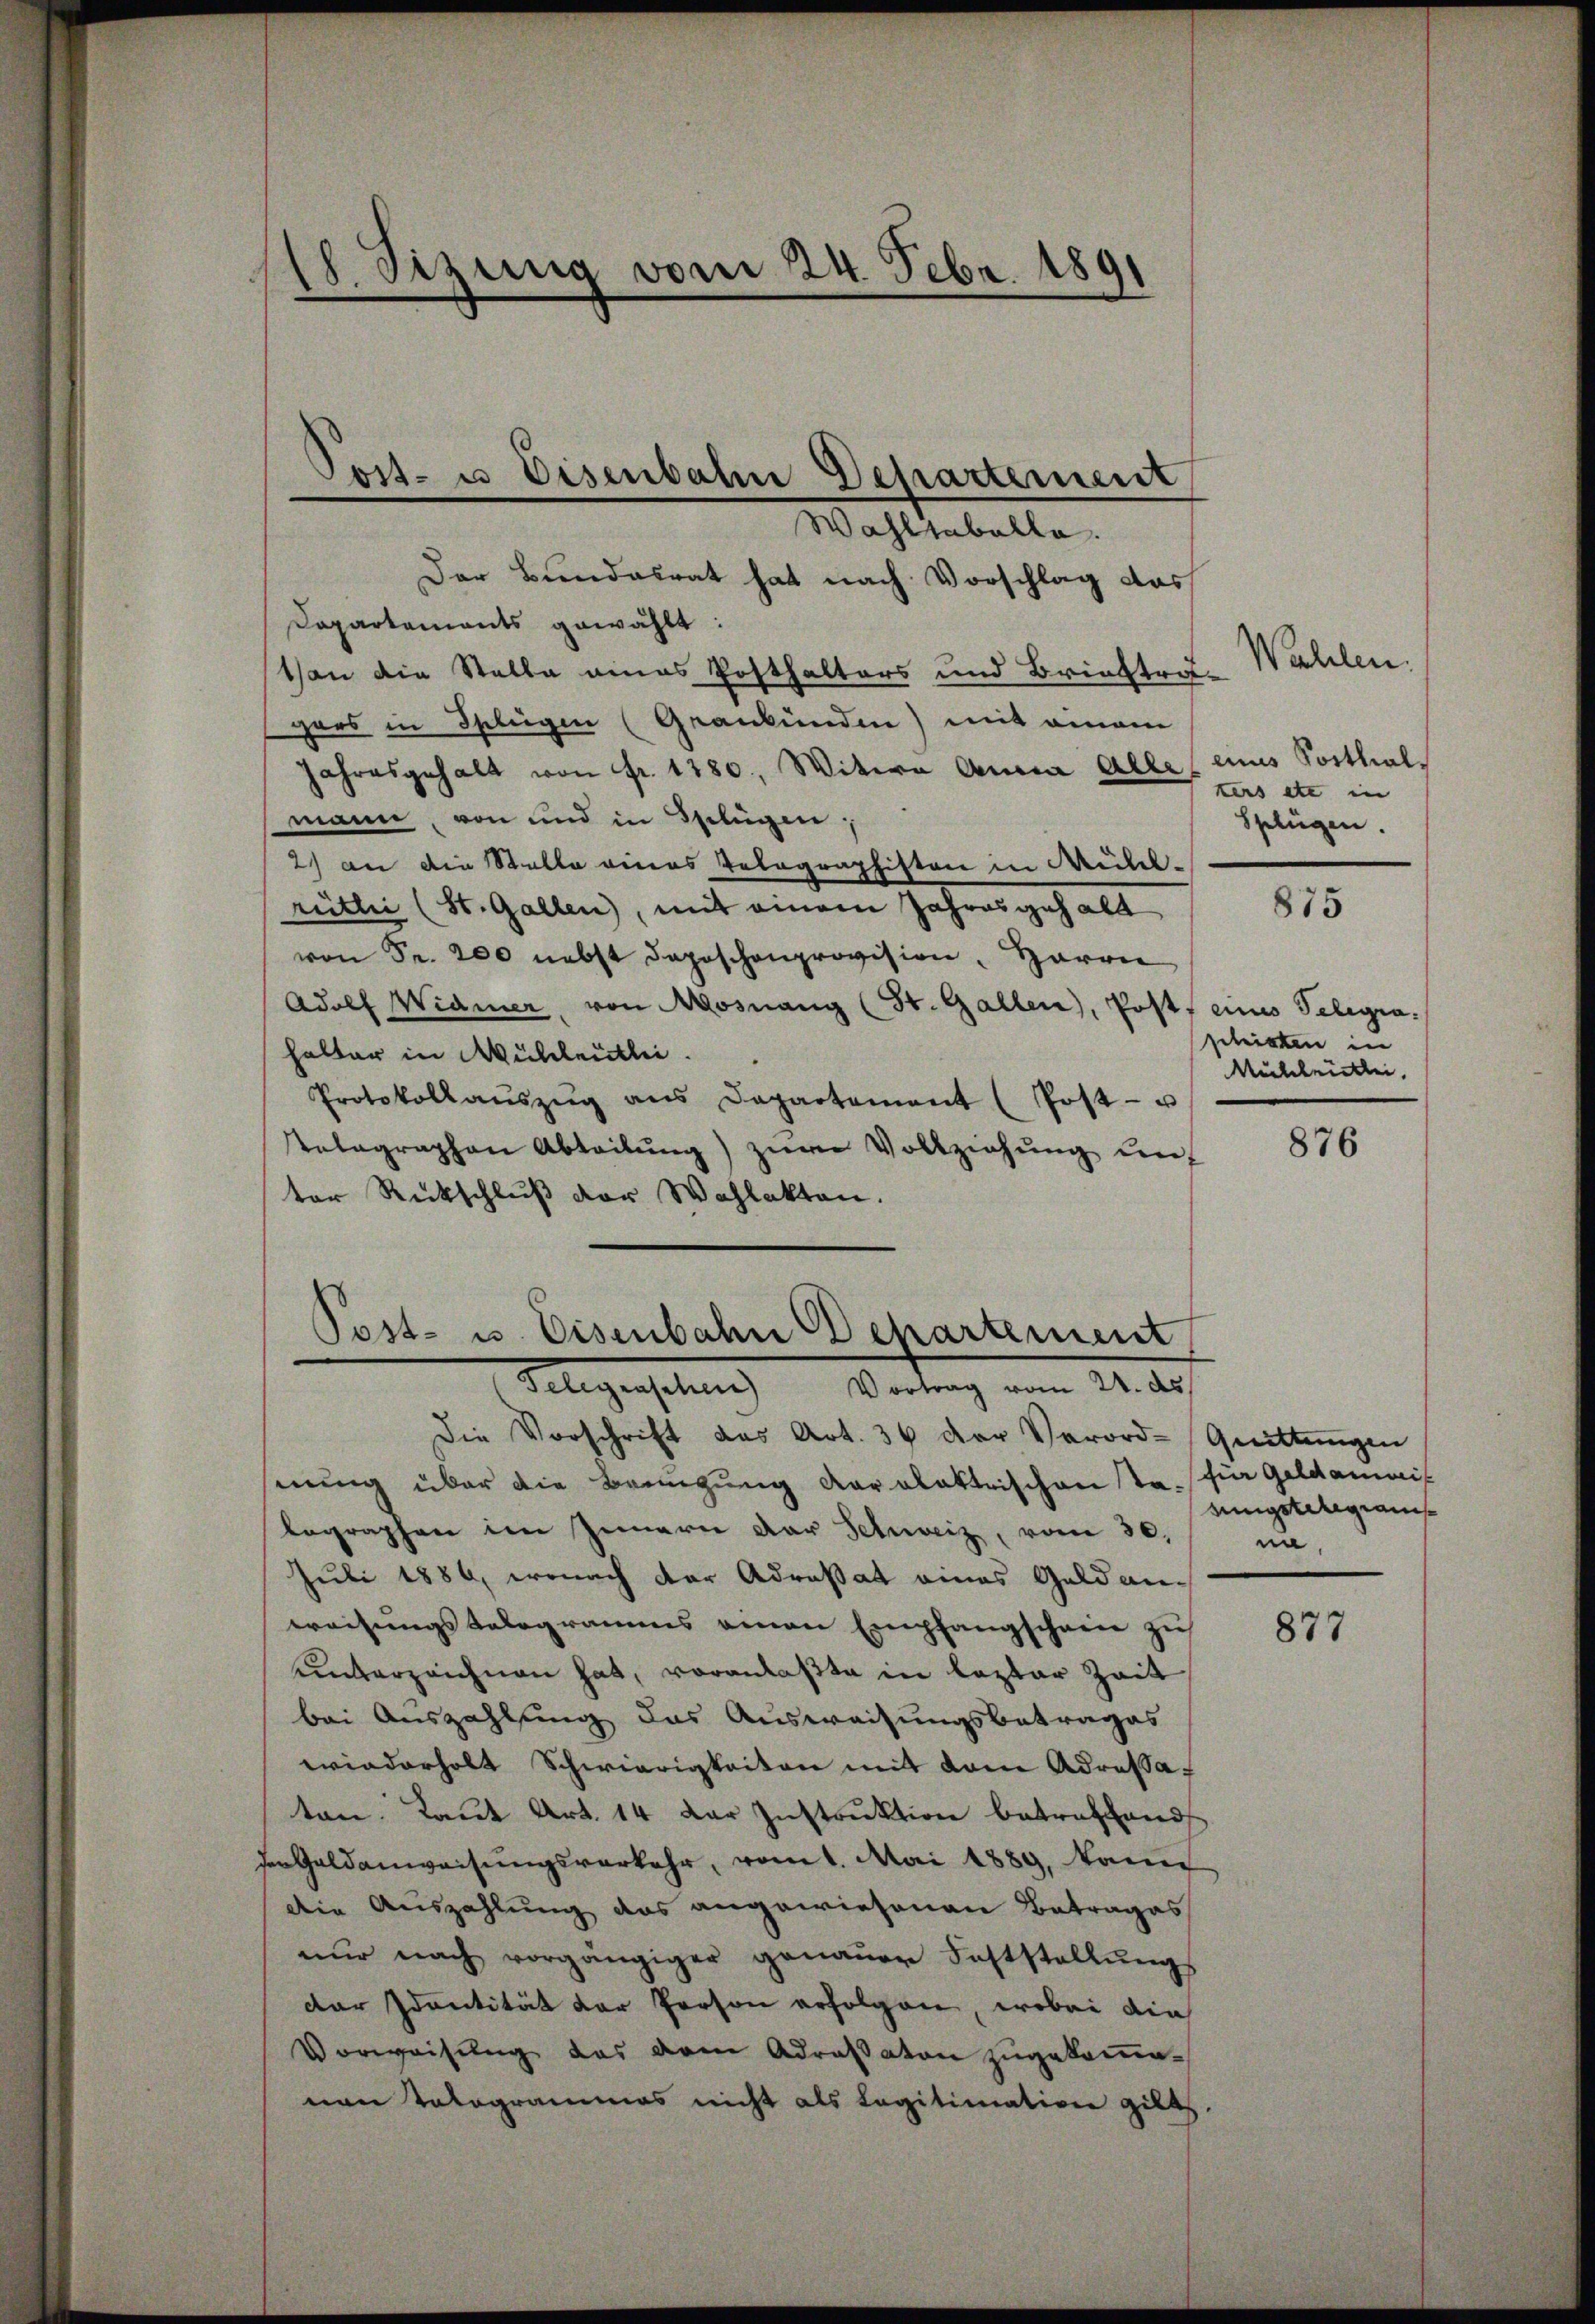
18. Szung vom 24. Febr. 1891

Der Bundesrat hat nach Vorschlag das
Dapartements gewählt:
Von die Stelle eines Posthalters und Briefträgers in Splügen (Grankunden) mit einem
Jahresgehalt von Fr. 1280, Witwe Anna Alle eines Sorthalmann, von und in Splügen;
2) an die Stelle eines Telegraphisten in Mühlrütlic (St. Gallen, mit einem Jahresgehalt
von Fr. 200 nebst deposchenprovision, Herrn
Adolf Widmer, von Mosnang (St. Gallen, Post, eines Telegrahalter in Mühlentlei
Protokollaŭszŭg ans Departement (Post- u
telegraphen Abteilŭng zŭr Vollziehŭng ŭnt
ter Rückschluß der Wahlakten.

Jost- u Eisenbahn Departement
Wahltabelle.

Post- u. Eisenbahn chartement
Telegraschen Vortrag vom 24. des

Die Vorschrift des Art. 36 der Verord-Quittungen
nung über die Bringung Karolakterischenta. für Geldamais
legraphen im Innern der Schweiz, vom 30.
Juli 1886, wonach der Adresat eines Geldanweisungstelegramms einen Empfangschein zŭ
unterzeichnen hat, voranlaßte in lezter Zeit
bei Auszahlung das Ausweisungsbetrages
wiederholt Schwierigkeiten mit vom Adressaf
ten. Laut Art. 14 der Instruktion betreffend
der Geldanweisungsverkehr, vom 1. Mai 1889, kann
Die Auszahlung das angewiesenen Betrages
nŭr nach vorgängiger genaŭer Feststellŭngs
dar Identität der Person erfolgen, wobei die
Vorweisŭng das dem Adressaton zŭgekommenen Tologrammes nicht als Legitimativen gibt.

Wahlen.
kers etc in
Splügen.

875

schristen in
Mülheitlei

876

nigsteregianis
nn,

877